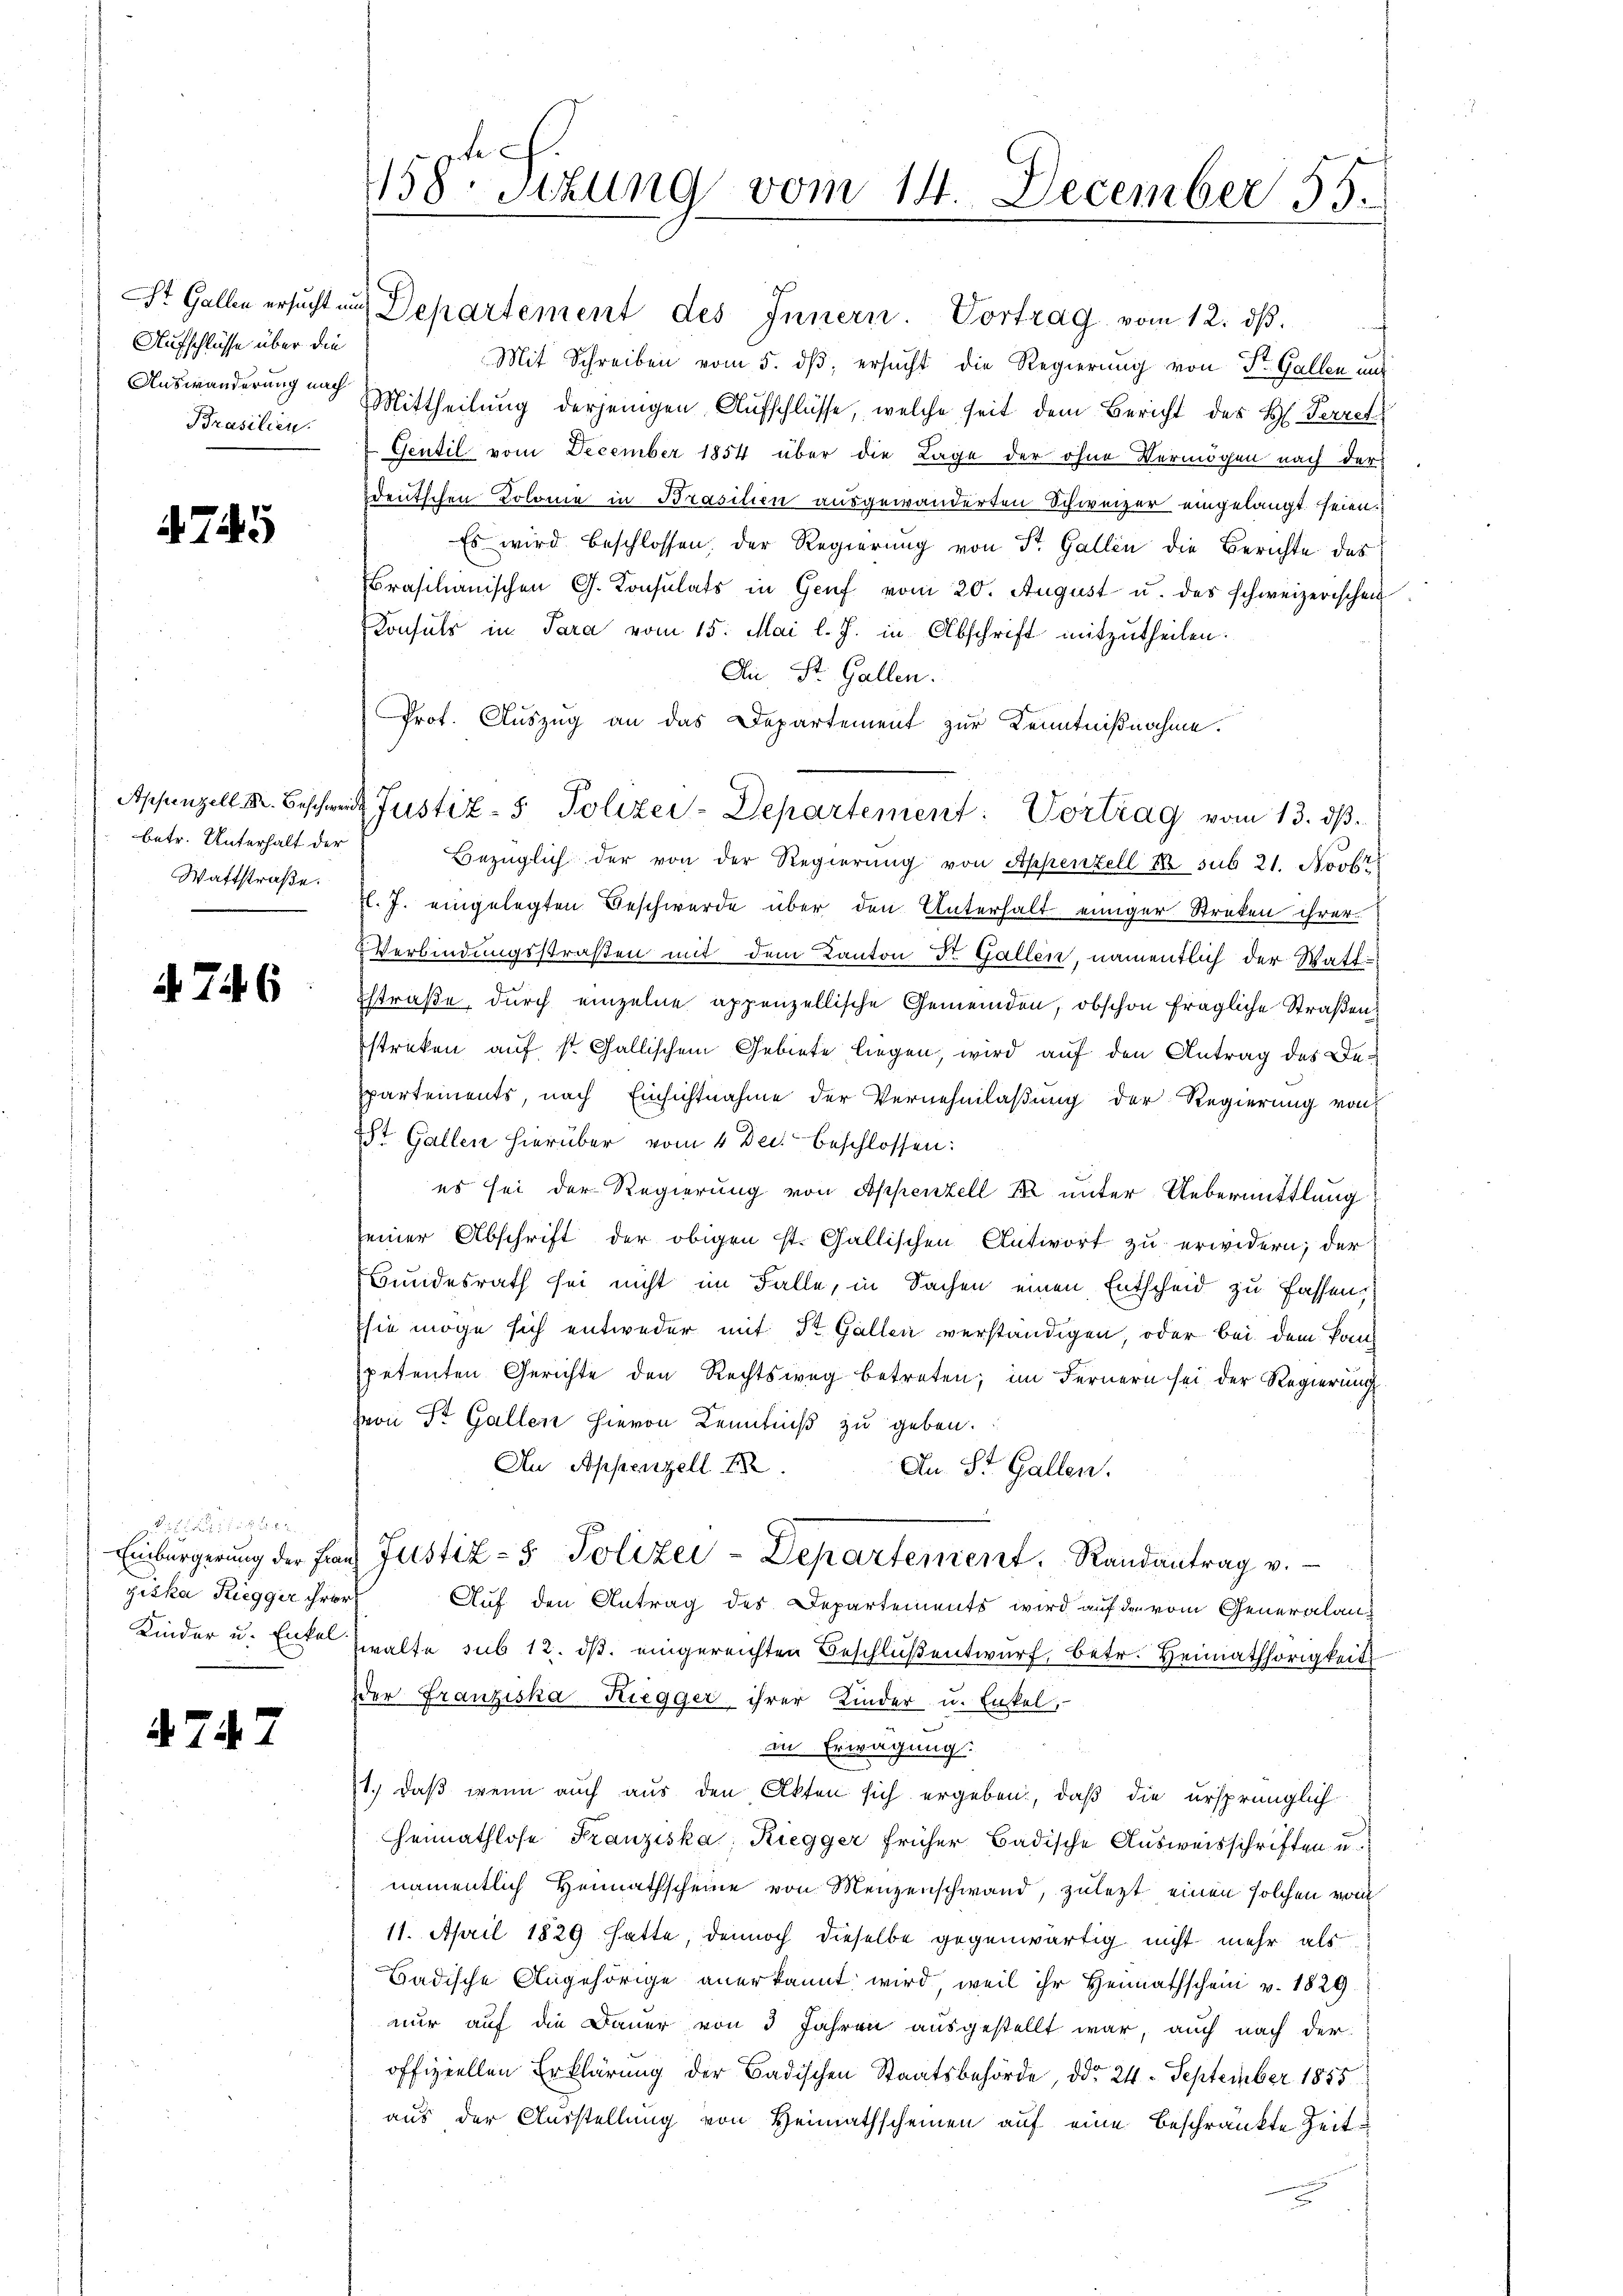
Aufschlüsse über die
Prasilien.

4745

betr. Unterhalt der
Waftstraße.

4746

ziska Riegger ihrer
Kinder u. Enkel

474

7

158. Sizung vom 14. December 55.

St. Gallen ersŭcht und Departement des Innern. Vortrag vom 12. dβ.
Mit Schreiben vom 5. dß, ersucht die Regierung von St. Gallen und
Auswanderung nach Mittheilung derjenigen Aufschlüsse, welche seit dem Bericht des H. Perret
Gentil vom December 1854 über die Lage der ohne Vermögen nach der
deutschen Kolome in Brasilien ausgewanderten Schweizer eingelangt seien.
Es wird beschlossen, der Regierung von St. Gallen die Berichte des
rasilianischen G. Konsulats in Genf vom 20. August u. des schweizerischen
Konsuls in Para vom 15. Mai l. J. in Abschrift mitzutheilen.
An St. Gallen.
Prot. Auszug an das Departement zur Kenntnißnahme.
Bezüglich der von der Regierung von Appenzell Se sub 21. Novbr
l. J. eingelegten Beschwerde über den Unterhalt einiger Streken ihrer
Verbindungsstraßen mit dem Kanton Dr. Gallen, namentlich der Watt¬
Estraße, durch einzelne appenzellische Gemeinden, obschon fragliche Straßenstreken auf st. Gallischem Gebiete liegen, wird auf den Antrag des Despartements, nach Einsichtnahme der Vernehmlaßung der Regierung von
t Gallen hierüber vom 4 Dec. beschlossen:
es sei der Regierung von Appenzell B unter Uebermittlung
seiner Abschrift der obigen St. Gallischen Antwort zu erwidern; der
Bundesrath sei nicht im Falle, in Sachen einen Entscheid zu fassen,
sie möge sich entweder mit St. Gallen verständigen, oder bei dem Panz
petenten Gerichte den Rechtsweg betreten; im Fernern sei der Regierung
hvon St. Gallen hievon Kenntniß zu geben.
Au Appenzell E
An St. Gallen.
Einbürgerung der Frau Justiz- & Polizei-Departement. Randantrag v.
Auf den Antrag des Departements wird auf der vom Generalanwalte sub 12. ds. eingereichten Beschlüßentwurf, betr. Heimathörigkeit
der Franziska Kiegger ihrer Kinder u. Enkel,
in Erwägung.
1.) Daß wenn auch aus den Akten sich ergeben, daß die ursprünglich
Heimathlose Franziska, Riegger früher Badische Ausweisschriften u.
namentlich Heimathscheine von Menzenschwand, zulezt einen solchen vom
11. April 1829 hatte, dennoch dieselbe gegenwärtig nicht mehr als
Badische Angehörige anerkannt wird, weil ihr Heimathschein v. 1829.
nur auf die Dauer von 3 Jahren ausgestellt war, auch nach der
offiziellen Erklärung der Badischen Staatsbehörde, ddo 24. September 1855
aus der Ausstellung von Heimathscheinen auf eine beschränkte Zeit¬

Appenzell M. Beschweiz Justiz- & Polizei-Departement: Vortrag vom 13. ds.